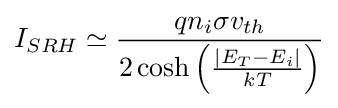
I_{SRH}\simeq {\frac {qn_{i}\sigma v_{th}}{2\cosh \left({\frac {|E_{T}-E_{i}|}{kT}}\right)}}